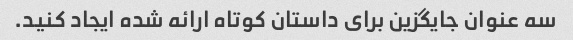
سه عنوان جایگزین برای داستان کوتاه ارائه شده ایجاد کنید.